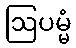
ဩပမ္မံ